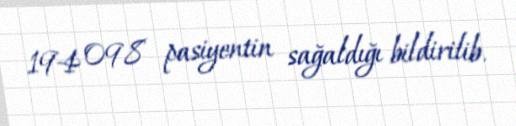
194 098 pasiyentin sağaldığı bildirilib.